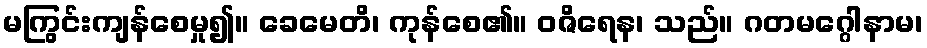
မကြွင်းကျန်စေမှု၍။ ခေမေတိ၊ ကုန်စေ၏။ ဝဇိရေန၊ သည်။ ဂတမဂ္ဂေါနာမ၊